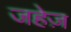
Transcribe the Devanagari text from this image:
जहेज़